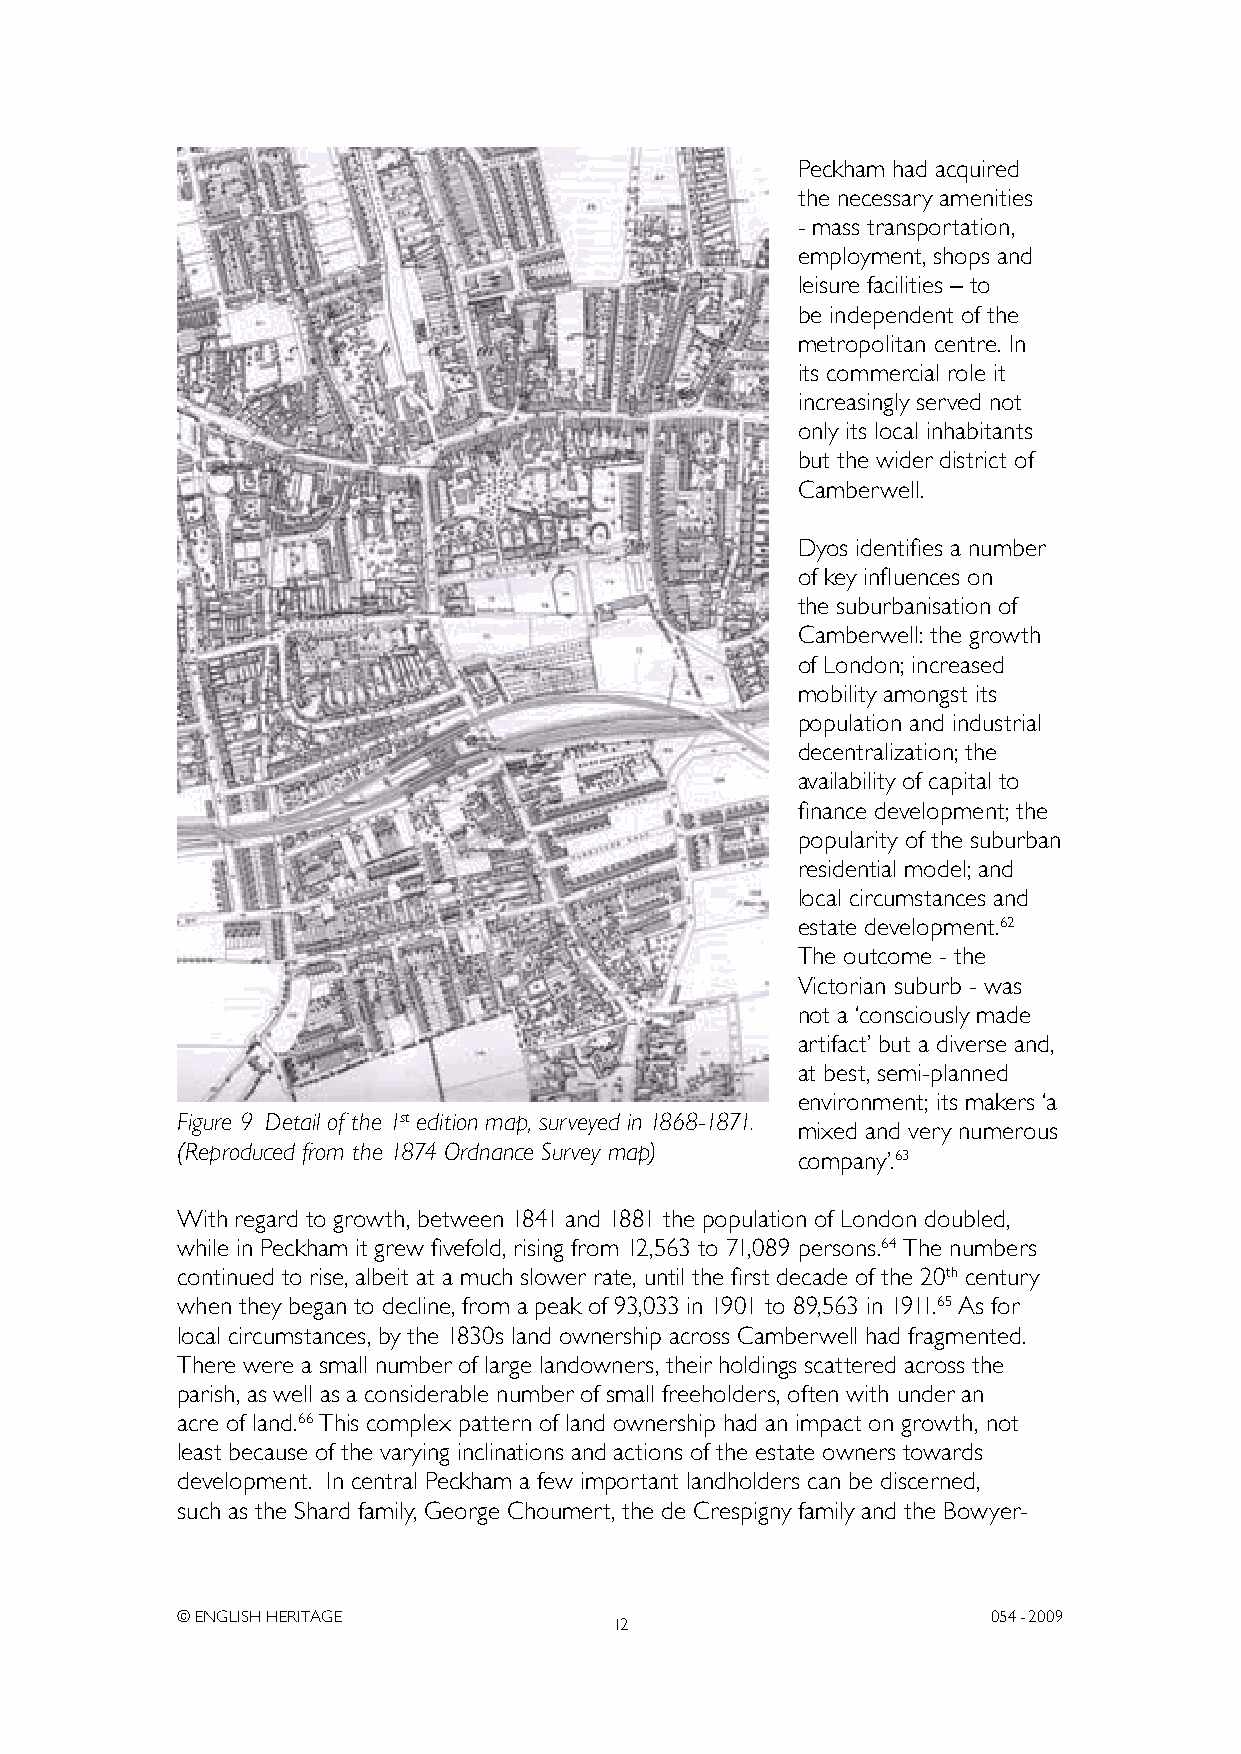
Peckham had acquired
 the necessary amenities
 - mass transportation,
 employment, shops and
 leisure facilities – to
 be independent of the
 metropolitan centre. In
 its commercial role it
 increasingly served not
 only its local inhabitants
 but the wider district of
 Camberwell.
 Dyos identifies a number
 of key influences on
 the suburbanisation of
 Camberwell: the growth
 of London; increased
 mobility amongst its
 population and industrial
 decentralization; the
 availability of capital to
 finance development; the
 popularity of the suburban
 residential model; and
 local circumstances and
 estate development.62
 The outcome - the
 Victorian suburb - was
 not a ‘consciously made
 artifact’ but a diverse and,
 at best, semi-planned
 environment; its makers ‘a
 Figure 9 Detail of the 1st edition map, surveyed in 1868-1871.
 mixed and very numerous
 (Reproduced from the 1874 Ordnance Survey map)
 company’.63
 With regard to growth, between 1841 and 1881 the population of London doubled,
 while in Peckham it grew fivefold, rising from 12,563 to 71,089 persons.64 The numbers
 continued to rise, albeit at a much slower rate, until the first decade of the 20th century
 when they began to decline, from a peak of 93,033 in 1901 to 89,563 in 1911.65 As for
 local circumstances, by the 1830s land ownership across Camberwell had fragmented.
 There were a small number of large landowners, their holdings scattered across the
 parish, as well as a considerable number of small freeholders, often with under an
 acre of land.66 This complex pattern of land ownership had an impact on growth, not
 least because of the varying inclinations and actions of the estate owners towards
 development. In central Peckham a few important landholders can be discerned,
 such as the Shard family, George Choumert, the de Crespigny family and the Bowyer-
 © ENGLISH HERITAGE                                    054- 2009
 12